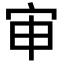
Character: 审